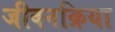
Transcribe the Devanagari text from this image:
जीवनक्रिया